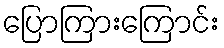
ပြောကြားကြောင်း